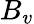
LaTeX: B_{v}